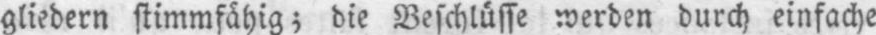
gliedern stimmfähig; die Beschlüsse werden durch einfache